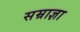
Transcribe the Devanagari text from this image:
सम्राज्ञा